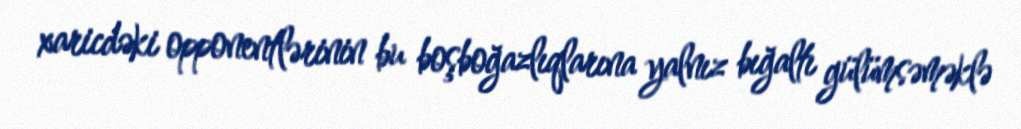
xaricdəki opponentlərinin bu boşboğazlıqlarına yalnız bığaltı gülümsəməklə